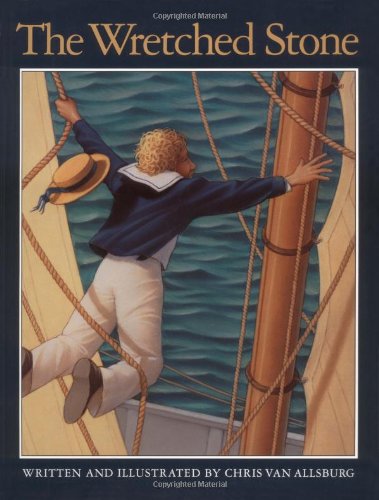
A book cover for The Wretched Stone; Chris Van Allsburg; Children's Books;